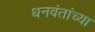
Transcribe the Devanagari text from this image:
धनवंतांच्या